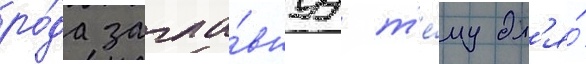
ро́да загла́внуу т'е́му дл'я́